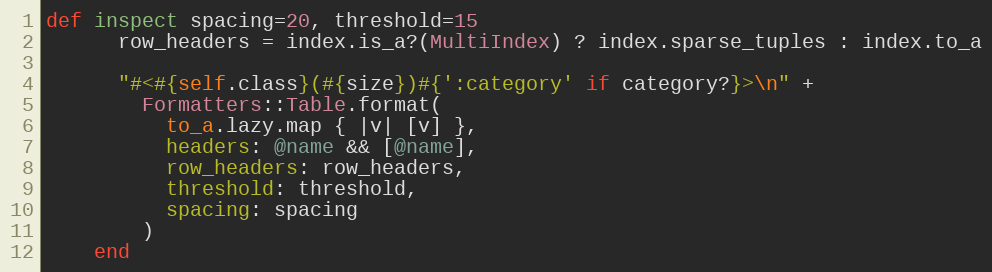
Language: Ruby
def inspect spacing=20, threshold=15
      row_headers = index.is_a?(MultiIndex) ? index.sparse_tuples : index.to_a

      "#<#{self.class}(#{size})#{':category' if category?}>\n" +
        Formatters::Table.format(
          to_a.lazy.map { |v| [v] },
          headers: @name && [@name],
          row_headers: row_headers,
          threshold: threshold,
          spacing: spacing
        )
    end